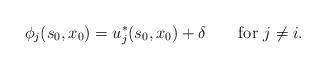
LaTeX: \begin{align*} \phi_j(s_0,x_0)= u^*_j(s_0,x_0) + \delta \qquad\hbox{for $j \neq i$.}\end{align*}